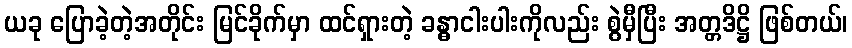
ယခု ပြောခဲ့တဲ့အတိုင်း မြင်ခိုက်မှာ ထင်ရှားတဲ့ ခန္ဓာငါးပါးကိုလည်း စွဲမှီပြီး အတ္တဒိဋ္ဌိ ဖြစ်တယ်၊